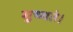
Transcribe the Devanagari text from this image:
मुच्यते।